Indian journal of veterinary science and animal husbandry - Volumes 28-29, 1958-1959
Year: 1958
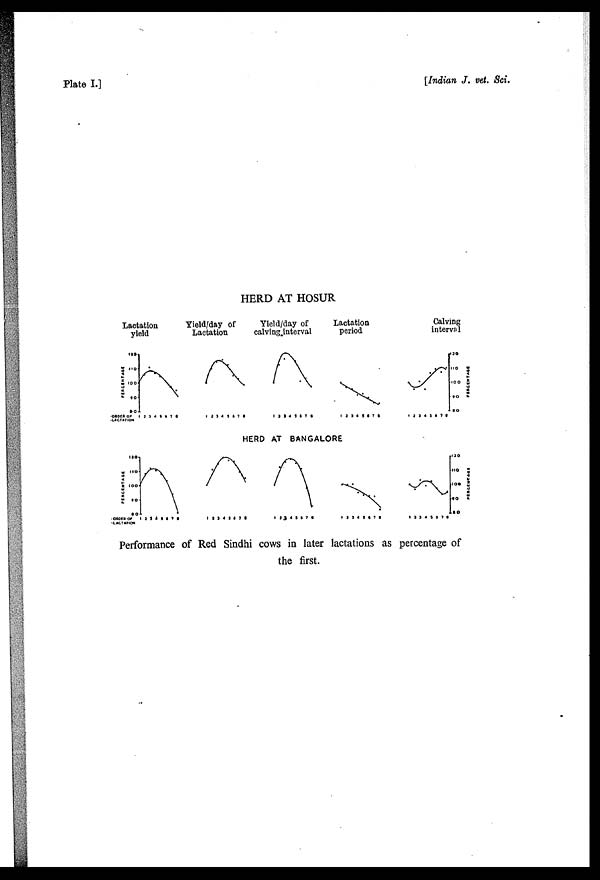
Plate
I.]
[Indian J. vet. Sci.
HERD AT HOSUR
HERD AT BANGALORE
Performance of Red Sindhi cows in later lactations as percentage of
the first.